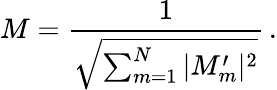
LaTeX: M=\frac{1}{\sqrt{\sum_{m=1}^{N}|M_{m}^{\prime}|^{2}}}\, .